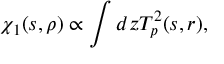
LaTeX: \chi _ { 1 } ( s , \rho ) \propto \int d z T _ { p } ^ { 2 } ( s , r ) ,